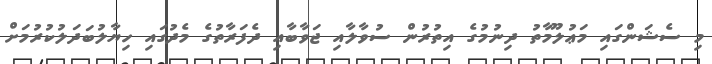
މި ސެޝަންގައި މަޢުލޫމާތު ދިނުމުގެ އިތުރުން ސުވާލާއި ޖަވާބާއި ދެފަރާތުގެ މެދުގައި ހިޔާލުބަދަލުކުރުމަށް